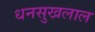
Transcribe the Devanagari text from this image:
धनसुखलाल